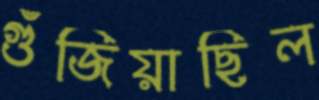
গুঁজিয়াছিল